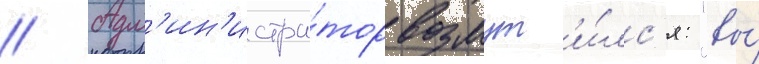
// Адм'ин'истра́тор возмут'и́лс'я: "вы́